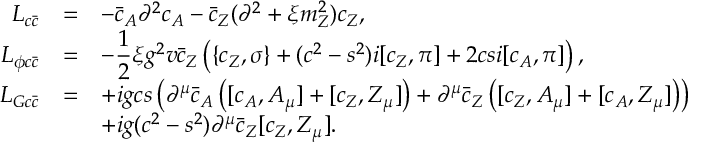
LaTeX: \begin{array} { r c l } { { { \cal L } _ { c \bar { c } } } } & { { = } } & { { - \bar { c } _ { A } \partial ^ { 2 } c _ { A } - \bar { c } _ { Z } ( \partial ^ { 2 } + \xi m _ { Z } ^ { 2 } ) c _ { Z } , } } \\ { { { \cal L } _ { \phi c \bar { c } } } } & { { = } } & { { \displaystyle - \frac { 1 } { 2 } \xi g ^ { 2 } v \bar { c } _ { Z } \left( \{ c _ { Z } , \sigma \} + ( c ^ { 2 } - s ^ { 2 } ) i [ c _ { Z } , \pi ] + 2 c s i [ c _ { A } , \pi ] \right) , } } \\ { { { \cal L } _ { G c \bar { c } } } } & { { = } } & { { \displaystyle + i g c s \left( \partial ^ { \mu } \bar { c } _ { A } \left( [ c _ { A } , A _ { \mu } ] + [ c _ { Z } , Z _ { \mu } ] \right) + \partial ^ { \mu } \bar { c } _ { Z } \left( [ c _ { Z } , A _ { \mu } ] + [ c _ { A } , Z _ { \mu } ] \right) \right) } } \\ { { } } & { { } } & { { \displaystyle + i g ( c ^ { 2 } - s ^ { 2 } ) \partial ^ { \mu } \bar { c } _ { Z } [ c _ { Z } , Z _ { \mu } ] . } } \end{array}